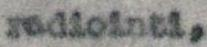
radiointi,